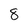
Character: 8